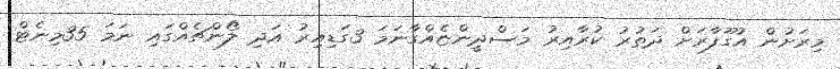
މިރަށުން އުގޫފާރަށް ދަތުރު ކުރާއިރު މަސްދީންޏެއްގާނަމަ 3ގަޑިއިރު އަދި ލޯންޗެއްގައި ނަމަ 35މިނެޓް